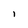
Character: I